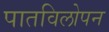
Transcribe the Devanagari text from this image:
पातविलोपन